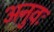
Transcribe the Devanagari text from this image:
अनुवः